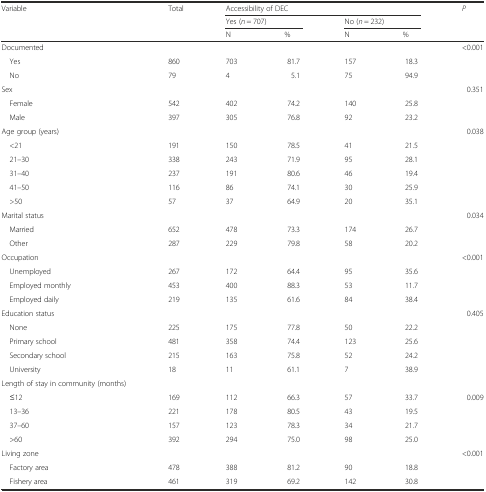
<table><thead><tr><td rowspan="3"><b>Variable</b></td><td rowspan="3"><b>Total</b></td><td colspan="4"><b>Accessibility of DEC</b></td><td rowspan="3"><b><i>P</i></b></td></tr><tr><td colspan="2"><b>Yes (<i>n</i> = 707)</b></td><td colspan="2"><b>No (<i>n</i> = 232)</b></td></tr><tr><td><b>N</b></td><td><b>%</b></td><td><b>N</b></td><td><b>%</b></td></tr></thead><tbody><tr><td>Documented</td><td></td><td></td><td></td><td></td><td></td><td>&lt;0.001</td></tr><tr><td> Yes</td><td>860</td><td>703</td><td>81.7</td><td>157</td><td>18.3</td><td></td></tr><tr><td> No</td><td>79</td><td>4</td><td>5.1</td><td>75</td><td>94.9</td><td></td></tr><tr><td>Sex</td><td></td><td colspan="2"></td><td></td><td></td><td>0.351</td></tr><tr><td> Female</td><td>542</td><td>402</td><td>74.2</td><td>140</td><td>25.8</td><td></td></tr><tr><td> Male</td><td>397</td><td>305</td><td>76.8</td><td>92</td><td>23.2</td><td></td></tr><tr><td>Age group (years)</td><td></td><td></td><td></td><td></td><td></td><td>0.038</td></tr><tr><td> &lt;21</td><td>191</td><td>150</td><td>78.5</td><td>41</td><td>21.5</td><td></td></tr><tr><td> 21–30</td><td>338</td><td>243</td><td>71.9</td><td>95</td><td>28.1</td><td></td></tr><tr><td> 31–40</td><td>237</td><td>191</td><td>80.6</td><td>46</td><td>19.4</td><td></td></tr><tr><td> 41–50</td><td>116</td><td>86</td><td>74.1</td><td>30</td><td>25.9</td><td></td></tr><tr><td> &gt;50</td><td>57</td><td>37</td><td>64.9</td><td>20</td><td>35.1</td><td></td></tr><tr><td>Marital status</td><td></td><td></td><td></td><td></td><td></td><td>0.034</td></tr><tr><td> Married</td><td>652</td><td>478</td><td>73.3</td><td>174</td><td>26.7</td><td></td></tr><tr><td> Other</td><td>287</td><td>229</td><td>79.8</td><td>58</td><td>20.2</td><td></td></tr><tr><td>Occupation</td><td></td><td></td><td></td><td></td><td></td><td>&lt;0.001</td></tr><tr><td> Unemployed</td><td>267</td><td>172</td><td>64.4</td><td>95</td><td>35.6</td><td></td></tr><tr><td> Employed monthly</td><td>453</td><td>400</td><td>88.3</td><td>53</td><td>11.7</td><td></td></tr><tr><td> Employed daily</td><td>219</td><td>135</td><td>61.6</td><td>84</td><td>38.4</td><td></td></tr><tr><td>Education status</td><td></td><td></td><td></td><td></td><td></td><td>0.405</td></tr><tr><td> None</td><td>225</td><td>175</td><td>77.8</td><td>50</td><td>22.2</td><td></td></tr><tr><td> Primary school</td><td>481</td><td>358</td><td>74.4</td><td>123</td><td>25.6</td><td></td></tr><tr><td> Secondary school</td><td>215</td><td>163</td><td>75.8</td><td>52</td><td>24.2</td><td></td></tr><tr><td> University</td><td>18</td><td>11</td><td>61.1</td><td>7</td><td>38.9</td><td></td></tr><tr><td>Length of stay in community (months)</td><td></td><td></td><td></td><td></td><td></td><td></td></tr><tr><td> ≤12</td><td>169</td><td>112</td><td>66.3</td><td>57</td><td>33.7</td><td>0.009</td></tr><tr><td> 13–36</td><td>221</td><td>178</td><td>80.5</td><td>43</td><td>19.5</td><td></td></tr><tr><td> 37–60</td><td>157</td><td>123</td><td>78.3</td><td>34</td><td>21.7</td><td></td></tr><tr><td> &gt;60</td><td>392</td><td>294</td><td>75.0</td><td>98</td><td>25.0</td><td></td></tr><tr><td>Living zone</td><td></td><td></td><td></td><td></td><td></td><td>&lt;0.001</td></tr><tr><td> Factory area</td><td>478</td><td>388</td><td>81.2</td><td>90</td><td>18.8</td><td></td></tr><tr><td> Fishery area</td><td>461</td><td>319</td><td>69.2</td><td>142</td><td>30.8</td><td></td></tr></tbody></table>